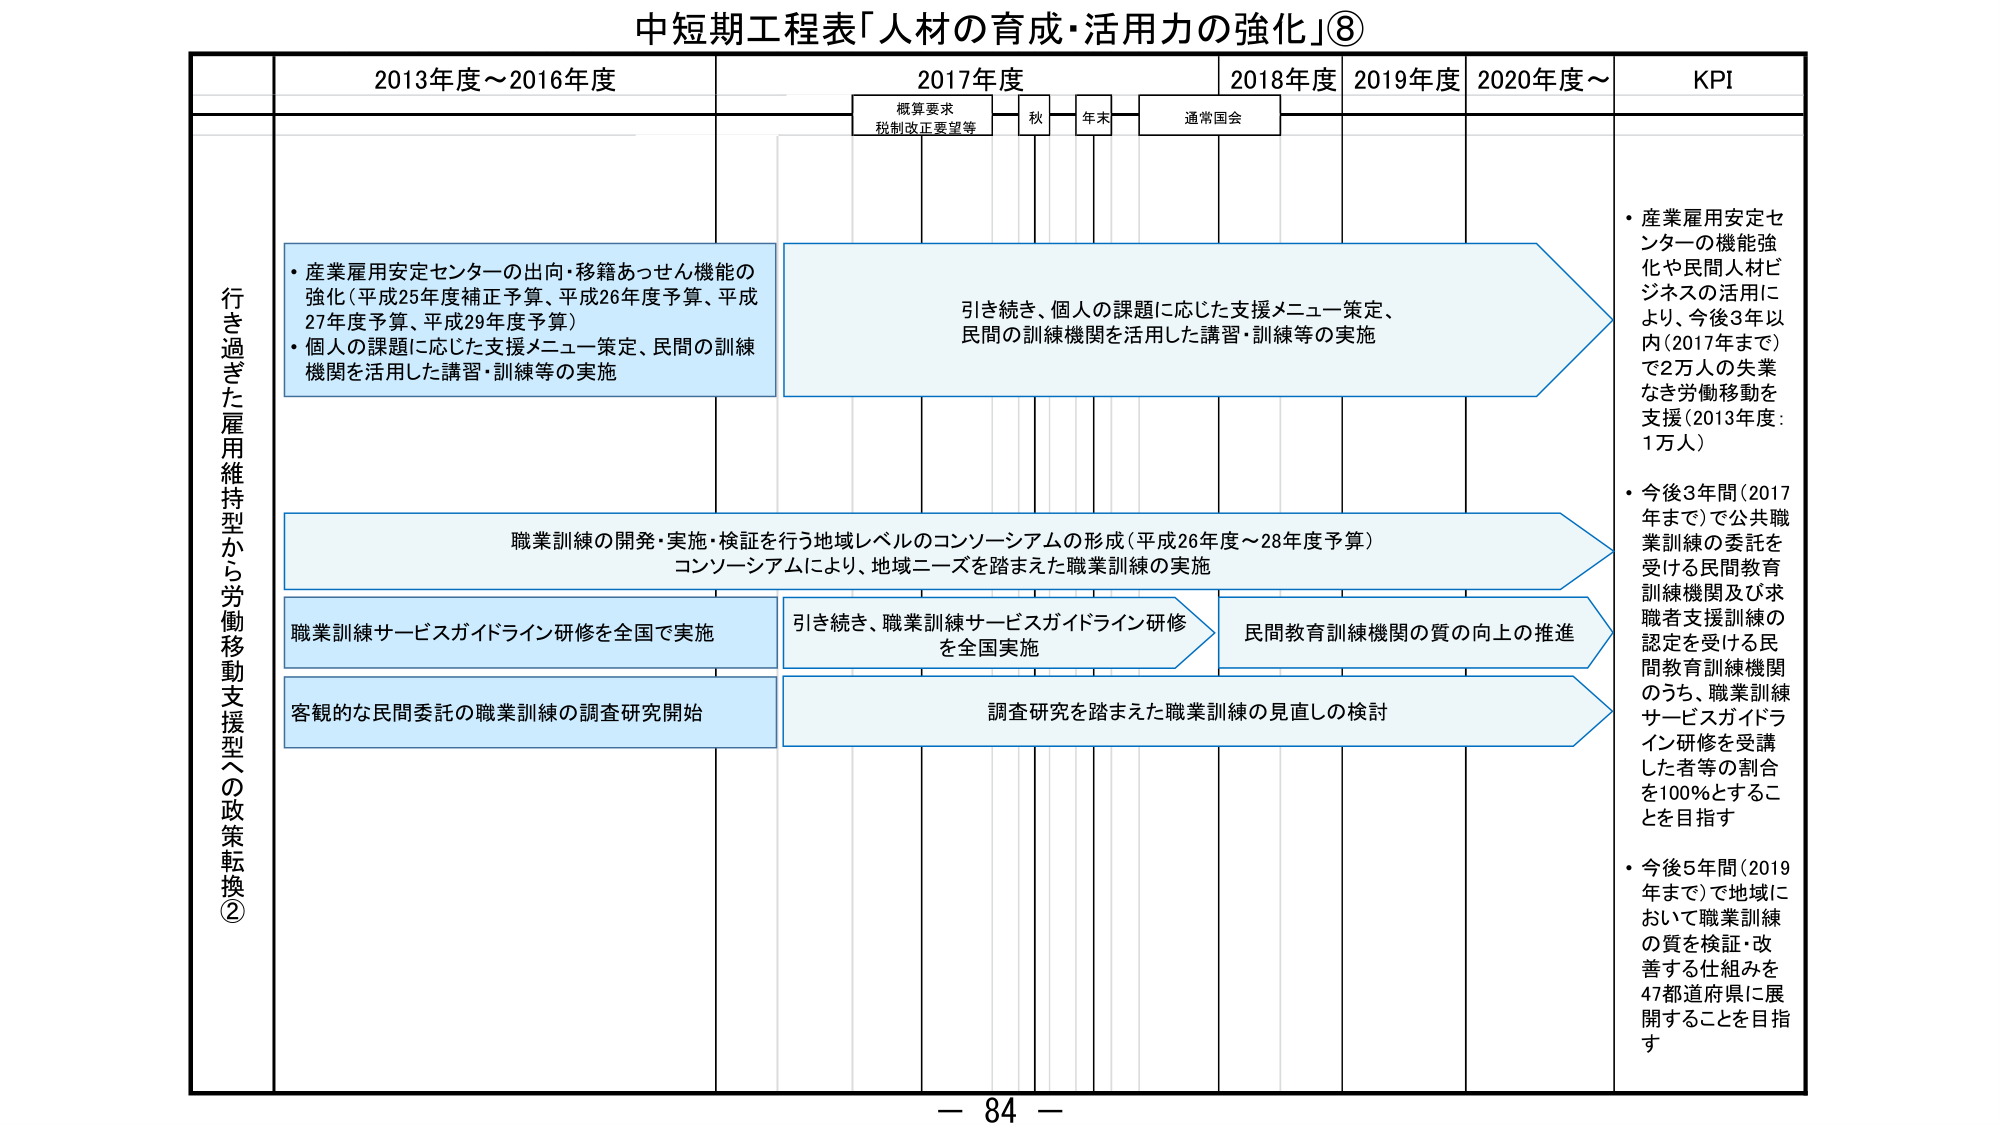
中短期工程表「人材の育成・活用力の強化」⑧

2013年度～2016年度
2017年度
2018年度
2019年度
2020年度～
KPI

概算要求
税制改正要望等
秋
年末
通常国会

行き過ぎた雇用維持型から労働移動支援型への政策転換②

・産業雇用安定センターの出向・移籍あっせん機能の強化（平成25年度補正予算、平成26年度予算、平成27年度予算、平成29年度予算）
・個人の課題に応じた支援メニュー策定、民間の訓練機関を活用した講習・訓練等の実施

引き続き、個人の課題に応じた支援メニュー策定、民間の訓練機関を活用した講習・訓練等の実施

職業訓練の開発・実施・検証を行う地域レベルのコンソーシアムの形成（平成26年度～28年度予算）
コンソーシアムにより、地域ニーズを踏まえた職業訓練の実施

職業訓練サービスガイドライン研修を全国で実施
引き続き、職業訓練サービスガイドライン研修を全国実施
民間教育訓練機関の質の向上の推進

客観的な民間委託の職業訓練の調査研究開始
調査研究を踏まえた職業訓練の見直しの検討

・産業雇用安定センターの機能強化や民間人材ビジネスの活用により、今後3年以内（2017年まで）で2万人の失業なき労働移動を支援（2013年度：1万人）
・今後3年間（2017年まで）で公共職業訓練の委託を受けた民間教育訓練機関及び求職者支援訓練の認定を受ける民間教育訓練機関のうち、職業訓練サービスガイドライン研修を受講した者等の割合を100％とすることを目指す
・今後5年間（2019年まで）で地域において職業訓練の質を検証・改善する仕組みを47都道府県に展開することを目指す

－ 84 －